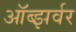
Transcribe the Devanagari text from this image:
ऑब्झर्वर